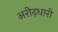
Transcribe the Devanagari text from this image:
अरीढ़धारी